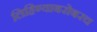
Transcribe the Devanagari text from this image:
लिहिण्याबरोबरच